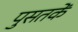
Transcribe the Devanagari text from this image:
पुसतकें